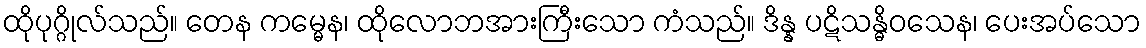
ထိုပုဂ္ဂိုလ်သည်။ တေန ကမ္မေန၊ ထိုလောဘအားကြီးသော ကံသည်။ ဒိန္န ပဋိသန္ဓိဝသေန၊ ပေးအပ်သော